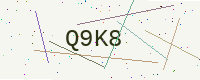
Text: Q9K8